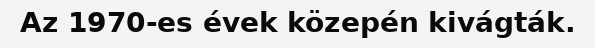
Az 1970-es évek közepén kivágták.